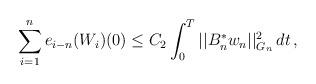
LaTeX: \begin{align*}\displaystyle{\sum_{i=1}^n e_{i-n}(W_i)(0)} \le C_2 \int_0^T || B_n^{\ast}w_n||_{G_n}^2 \,dt \,,\end{align*}